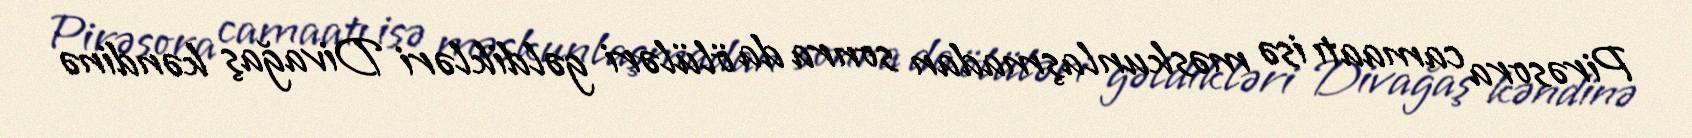
Pirəsora camaatı isə məskunlaşmadan sonra da ölüləri gəldikləri Divağaş kəndinə